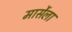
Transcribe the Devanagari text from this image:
मार्सेला